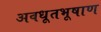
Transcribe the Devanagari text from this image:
अवधूतभूषाण